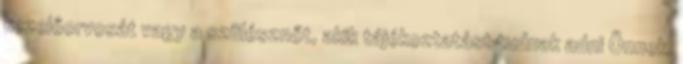
kezelőorvosát vagy a szülésznőt, akik tájékoztatást tudnak adni Önnek.